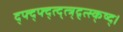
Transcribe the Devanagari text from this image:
द्फ्द्फ्द्त्द्त्त्र्द्र्त्स्क्ष्द्।